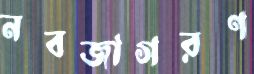
নবজাগরণ